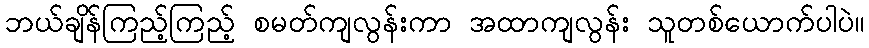
ဘယ်ချိန်ကြည့်ကြည့် စမတ်ကျလွန်းကာ အထာကျလွန်း သူတစ်ယောက်ပါပဲ။